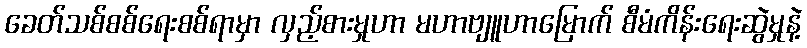
ခေတ်သစ်စစ်ရေးစစ်ရာမှာ လှည့်စားမှုဟာ မဟာဗျူဟာမြောက် စီမံကိန်းရေးဆွဲမှုနဲ့